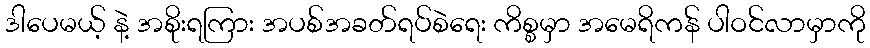
ဒါပေမယ့် နဲ့ အစိုးရကြား အပစ်အခတ်ရပ်စဲရေး ကိစ္စမှာ အမေရိကန် ပါဝင်လာမှာကို